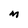
Character: M